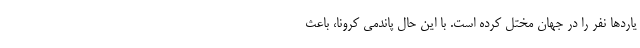
یاردها نفر را در جهان مختل کرده است. با این حال پاندمی کرونا، باعث